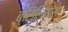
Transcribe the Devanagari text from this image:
ब्रिलियंस